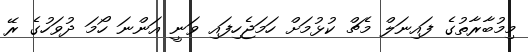
މިމުބާރާތުގެ ފައިނަލް މެޗް ކުޅުމަށް ހަމަޖެހިފައި ވަނީ އަންނަ ހޯމަ ދުވަހުގެ ރޭ